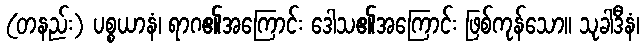
(တနည်း) ပစ္စယာနံ၊ ရာဂ၏အကြောင်း ဒေါသ၏အကြောင်း ဖြစ်ကုန်သော။ သုခါဒီနံ၊